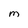
Character: M